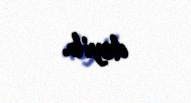
deyib.